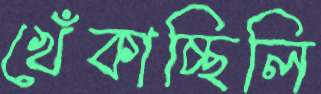
খেঁকাচ্ছিলি